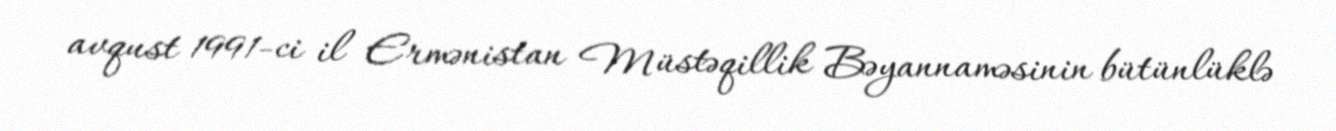
avqust 1991-ci il Ermənistan Müstəqillik Bəyannaməsinin bütünlüklə